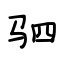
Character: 驷